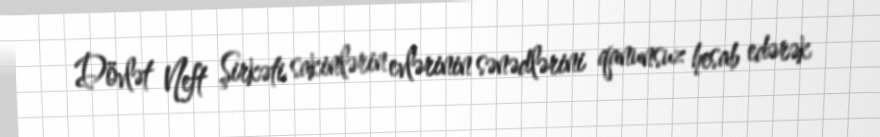
Dövlət Neft Şirkəti sakinlərin evlərinin sənədlərini qanunsuz hesab edərək